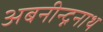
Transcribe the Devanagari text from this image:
अबनीन्द्ननाथ